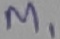
Text: M1